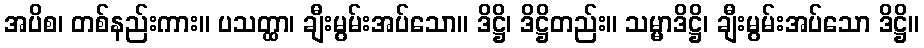
အပိစ၊ တစ်နည်းကား။ ပသတ္ထာ၊ ချီးမွမ်းအပ်သော။ ဒိဋ္ဌိ၊ ဒိဋ္ဌိတည်း။ သမ္မာဒိဋ္ဌိ၊ ချီးမွမ်းအပ်သော ဒိဋ္ဌိ။